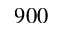
9 0 0